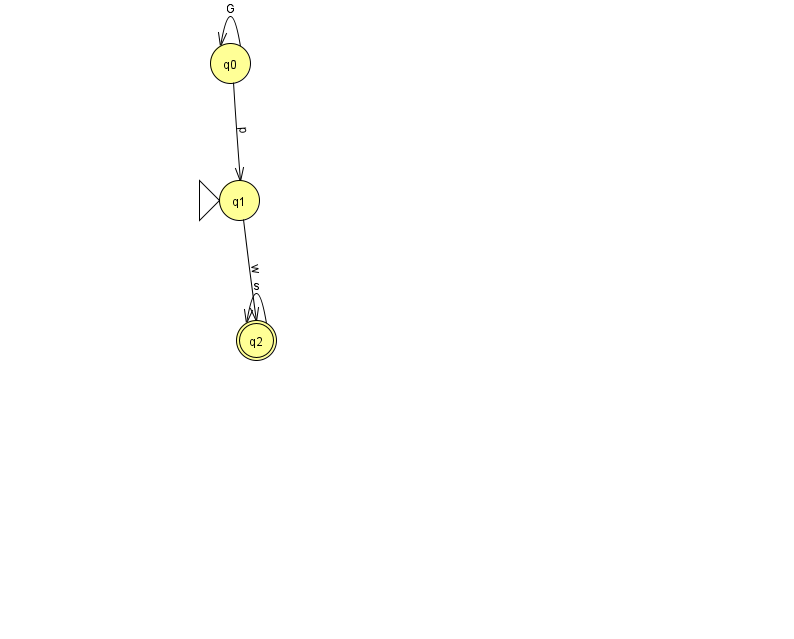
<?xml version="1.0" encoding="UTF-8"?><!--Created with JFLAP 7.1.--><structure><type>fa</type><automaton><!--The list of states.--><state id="0" name="q0"><x>230.0</x><y>50.0</y></state><state id="1" name="q1"><x>239.0</x><y>187.0</y><initial/></state><state id="2" name="q2"><x>256.0</x><y>327.0</y><final/></state><!--The list of transitions.--><transition><from>0</from><to>1</to><read>p</read></transition><transition><from>1</from><to>2</to><read>w</read></transition><transition><from>2</from><to>2</to><read>s</read></transition><transition><from>0</from><to>0</to><read>G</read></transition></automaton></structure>